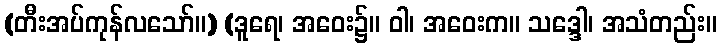
(တီးအပ်ကုန်လသော်။) (ဒူရေ၊ အဝေး၌။ ဝါ၊ အဝေးက။ သဒ္ဒေါ၊ အသံတည်း။